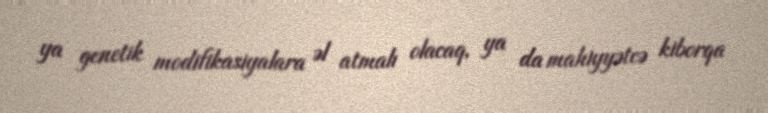
ya genetik modifikasiyalara əl atmalı olacaq, ya da mahiyyətcə kiborqa